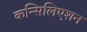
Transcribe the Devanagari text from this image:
कन्सिलिएशन